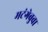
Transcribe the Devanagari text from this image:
मटंगेबुवा